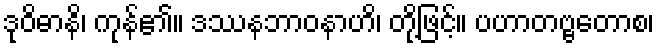
ဒုဝိဓာနိ၊ ကုန်၏။ ဒဿနဘာဝနာဟိ၊ တို့ဖြင့်။ ပဟာတဗ္ဗတောစ၊